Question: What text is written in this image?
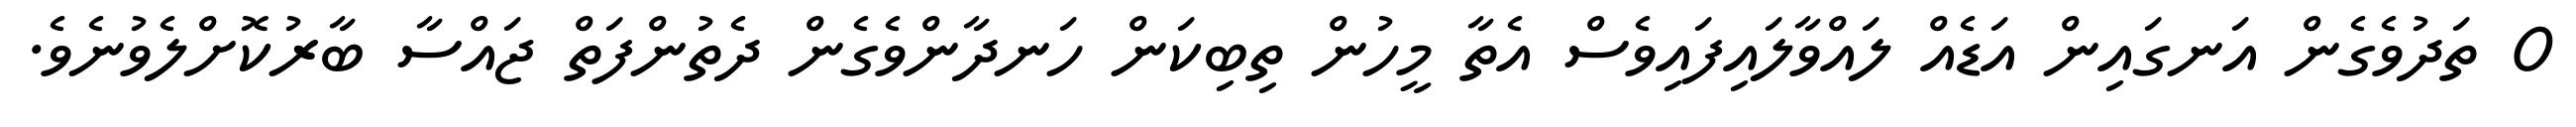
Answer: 0 ތަދުވެގެން އަނގައިން އަޑެއް ލައްވާލައިފައިވެސް އެތާ މީހުން ތިބިކަން ހަނދާންވެގެން ދެތުންފަތް ޖައްސާ ބާރުކޮށްލެވުނެވެ.